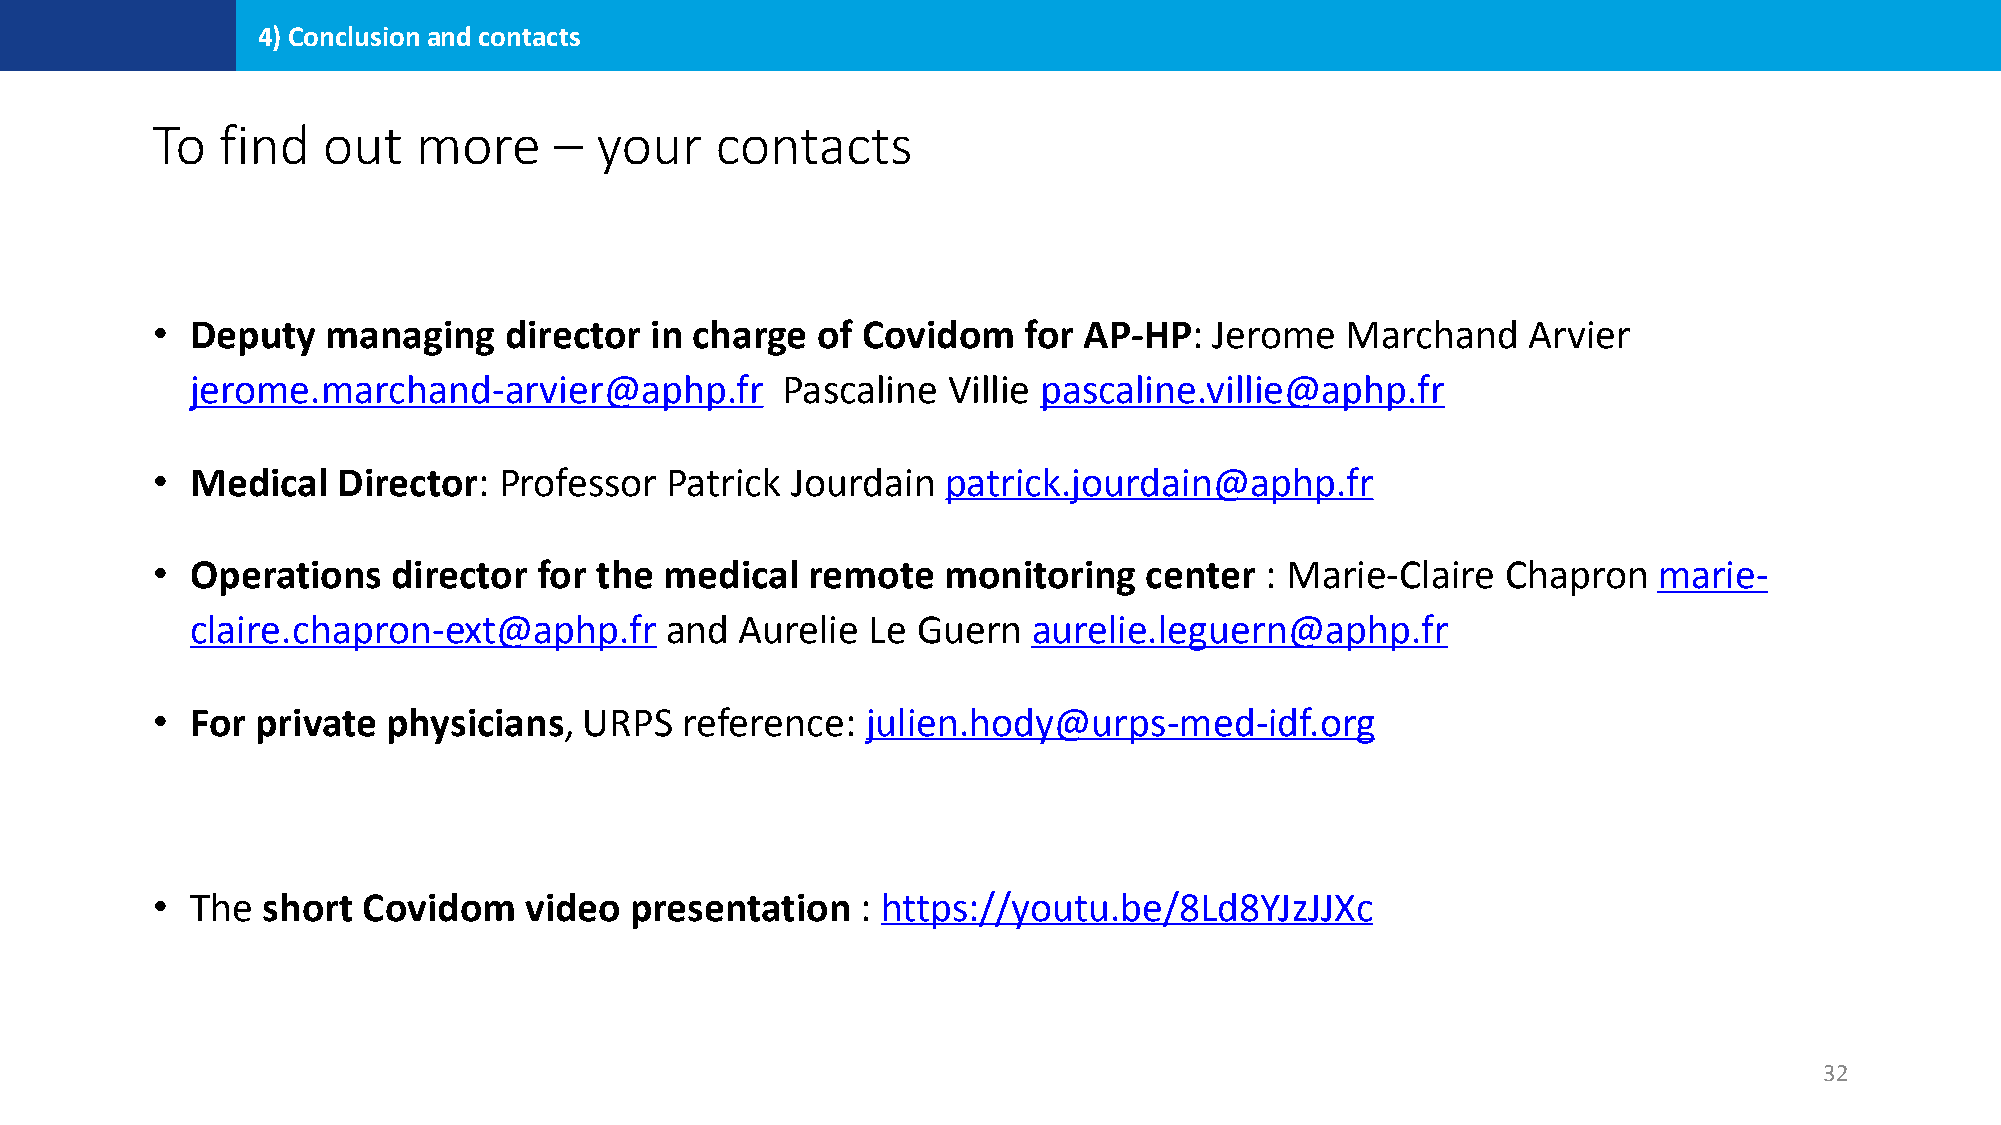
4) Conclusion and contacts
 To  find   out    more     – your    contacts
 •  Deputy   managing   director  in charge  of Covidom    for AP-HP:  Jerome   Marchand    Arvier
 jerome.marchand-arvier@aphp.fr         Pascaline  Villie pascaline.villie@aphp.fr
 •  Medical  Director:  Professor  Patrick Jourdain   patrick.jourdain@aphp.fr
 •  Operations   director  for the medical  remote   monitoring    center  : Marie-Claire  Chapron   marie-
 claire.chapron-ext@aphp.fr     and  Aurelie  Le Guern  aurelie.leguern@aphp.fr
 •  For private  physicians,  URPS  reference:  julien.hody@urps-med-idf.org
 •  The short  Covidom    video  presentation   : https://youtu.be/8Ld8YJzJJXc
 32